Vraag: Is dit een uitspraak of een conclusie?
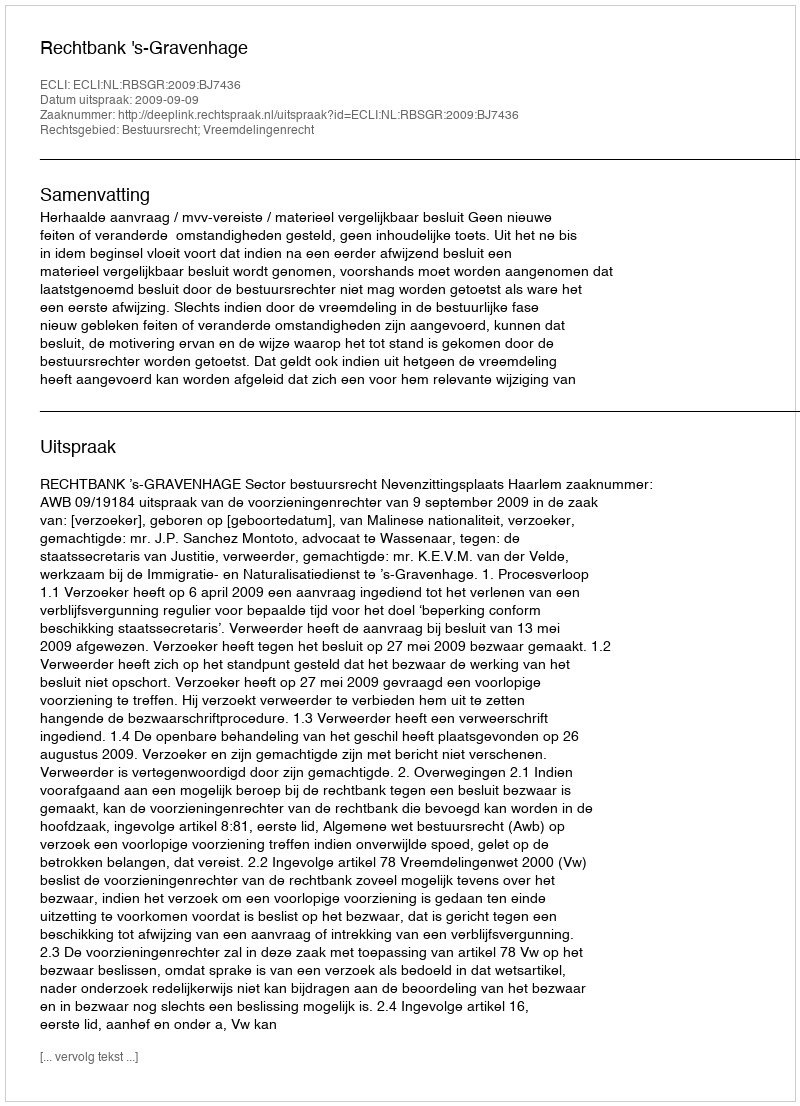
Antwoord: Uitspraak